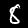
Digit: 8